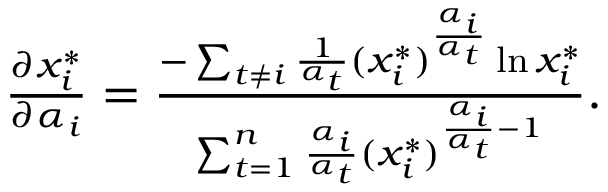
\begin{array} { r } { \frac { \partial x _ { i } ^ { * } } { \partial \alpha _ { i } } = \frac { - \sum _ { t \neq i } \frac { 1 } { \alpha _ { t } } ( x _ { i } ^ { * } ) ^ { \frac { \alpha _ { i } } { \alpha _ { t } } } \ln x _ { i } ^ { * } } { \sum _ { t = 1 } ^ { n } \frac { \alpha _ { i } } { \alpha _ { t } } ( x _ { i } ^ { * } ) ^ { \frac { \alpha _ { i } } { \alpha _ { t } } - 1 } } . } \end{array}